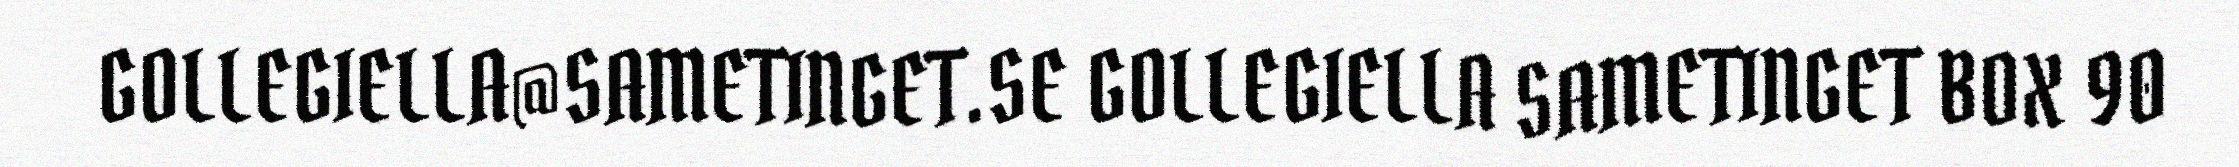
GOLLEGIELLA@SAMETINGET.SE GOLLEGIELLA SAMETINGET BOX 90